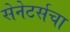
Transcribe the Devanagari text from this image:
सेनेटर्सचा